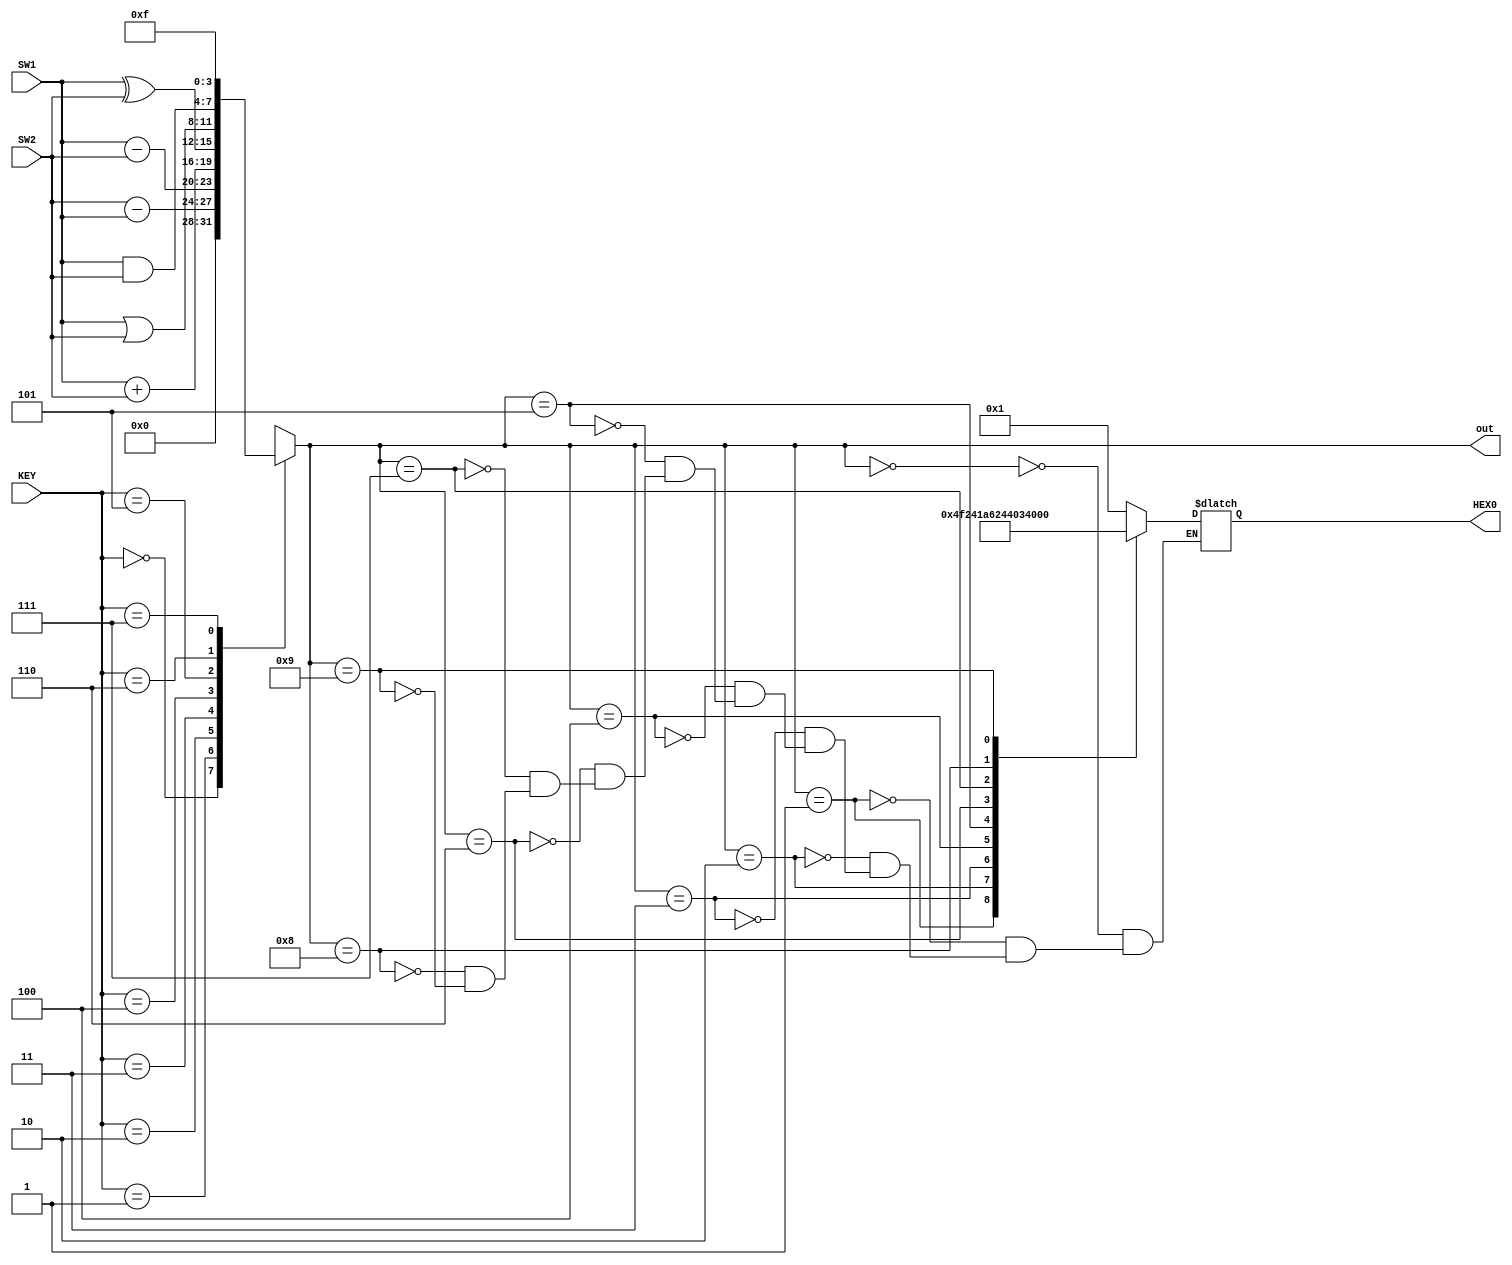
module ULA(SW1, SW2, KEY, out, HEX0);

    input [3:0]SW1;
    input [3:0]SW2;
    input [2:0]KEY;

    output reg [3:0]out;
    output reg [0:6]HEX0;

    always@(*)
    case(KEY)
        3'b000: out = 4'b0000;
        3'b001: out = SW2 - SW1;
        3'b010: out = SW1 - SW2;
        3'b011: out = SW1 + SW2;
        3'b100: out = SW1 ^ SW2;
        3'b101: out = SW1 | SW2;
        3'b110: out = SW1 & SW2;
        3'b111: out = 4'b1111;
    endcase

    always@(*)
    case(out)
        4'b0000: HEX0 = 7'b0000001;
        4'b0001: HEX0 = 7'b1001111;
        4'b0010: HEX0 = 7'b0010010;
        4'b0011: HEX0 = 7'b0000110;
        4'b0100: HEX0 = 7'b1001100;
        4'b0101: HEX0 = 7'b0100100;
        4'b0110: HEX0 = 7'b0100000;
        4'b0111: HEX0 = 7'b0001101;
        4'b1000: HEX0 = 7'b0000000;
        4'b1001: HEX0 = 7'b0000100;
    endcase

endmodule